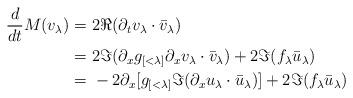
LaTeX: \begin{align*}\begin{aligned}\frac{d}{dt} M(v_\lambda) = &\ 2 \Re ( \partial_t v_\lambda \cdot \bar v_\lambda) \\= &\ 2 \Im (\partial_x g_{[<\lambda]} \partial_x v_\lambda \cdot \bar v_\lambda) + 2 \Im ( f_\lambda \bar u_\lambda)\\= & \ - 2 \partial_x [g_{[<\lambda]} \Im (\partial_x u_\lambda \cdot \bar u_\lambda)] + 2 \Im ( f_\lambda \bar u_\lambda)\end{aligned}\end{align*}